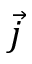
\vec { j }